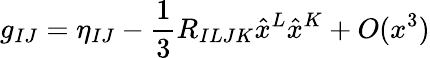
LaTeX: g_{IJ}=\eta_{IJ}-\frac{1}{3}R_{ILJK}\hat{x}^{L}\hat{x}^{K}+O(x^{3})